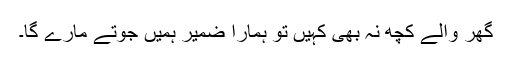
گھر والے کچھ نہ بھی کہیں تو ہمارا ضمیر ہمیں جوتے مارے گا۔